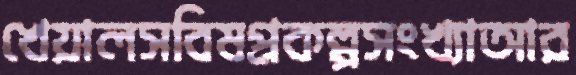
খেয়ালসবিষপ্রকল্পসংখ্যাআর